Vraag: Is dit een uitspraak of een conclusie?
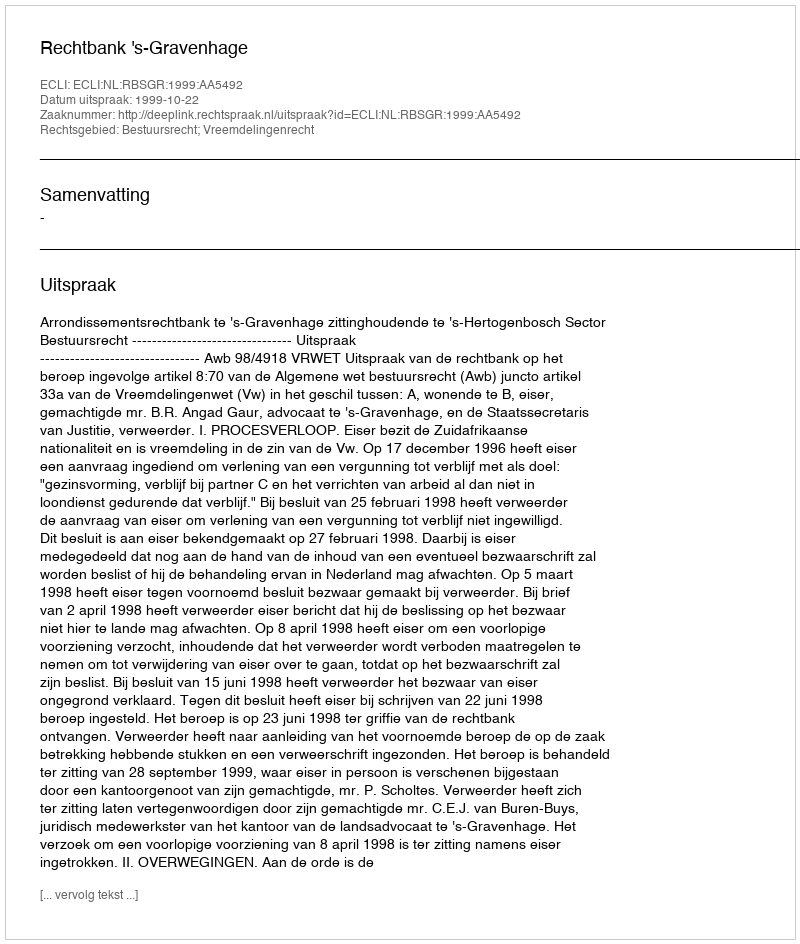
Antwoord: Uitspraak